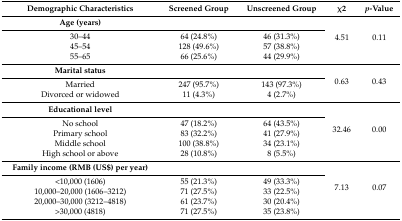
<table><thead><tr><td><b>Demographic Characteristics</b></td><td><b>Screened Group</b></td><td><b>Unscreened Group</b></td><td><b>χ2</b></td><td><b><i>p</i>-Value</b></td></tr></thead><tbody><tr><td><b>Age (years)</b></td><td colspan="2"></td><td rowspan="4">4.51</td><td rowspan="4">0.11</td></tr><tr><td>30–44</td><td>64 (24.8%)</td><td>46 (31.3%)</td></tr><tr><td>45–54</td><td>128 (49.6%)</td><td>57 (38.8%)</td></tr><tr><td>55–65</td><td>66 (25.6%)</td><td>44 (29.9%)</td></tr><tr><td><b>Marital status</b></td><td colspan="2"></td><td rowspan="3">0.63</td><td rowspan="3">0.43</td></tr><tr><td>Married</td><td>247 (95.7%)</td><td>143 (97.3%)</td></tr><tr><td>Divorced or widowed</td><td>11 (4.3%)</td><td>4 (2.7%)</td></tr><tr><td><b>Educational level</b></td><td colspan="2"></td><td rowspan="5">32.46</td><td rowspan="5">0.00</td></tr><tr><td>No school</td><td>47 (18.2%)</td><td>64 (43.5%)</td></tr><tr><td>Primary school</td><td>83 (32.2%)</td><td>41 (27.9%)</td></tr><tr><td>Middle school</td><td>100 (38.8%)</td><td>34 (23.1%)</td></tr><tr><td>High school or above</td><td>28 (10.8%)</td><td>8 (5.5%)</td></tr><tr><td><b>Family income (RMB (US$) per year)</b></td><td colspan="2"></td><td rowspan="5">7.13</td><td rowspan="5">0.07</td></tr><tr><td>&lt;10,000 (1606)</td><td>55 (21.3%)</td><td>49 (33.3%)</td></tr><tr><td>10,000–20,000 (1606–3212)</td><td>71 (27.5%)</td><td>33 (22.5%)</td></tr><tr><td>20,000–30,000 (3212–4818)</td><td>61 (23.7%)</td><td>30 (20.4%)</td></tr><tr><td>&gt;30,000 (4818)</td><td>71 (27.5%)</td><td>35 (23.8%)</td></tr></tbody></table>